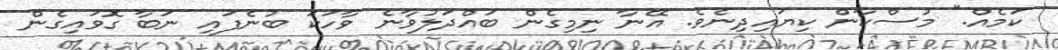
ކަމެއް." މުސްކާން ކިޔައިދިނެވެ. އޭނާ ނިމިގެން ބައްދަލުވާނެ ވާހަކަ ބުނެފައި ނަބާ ގޮވައިގެން